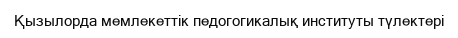
Қызылорда мемлекеттік педогогикалық институты түлектері